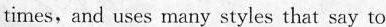
times,and uses many styles that say to